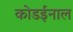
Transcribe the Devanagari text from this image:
कोडईनाल